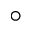
^ { \circ }